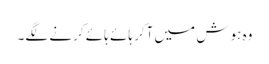
وہ ہوش میں آکر ہائے ہائے کرنے لگے۔